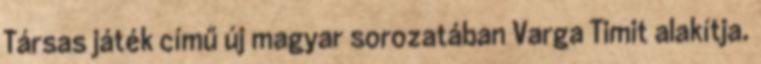
Társas játék című új magyar sorozatában Varga Timit alakítja.